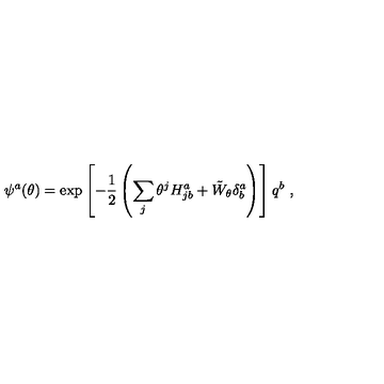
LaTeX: \psi ^ { a } ( \theta ) = \exp \left[ - \frac { 1 } { 2 } \left( \sum _ { j } \theta ^ { j } H _ { j b } ^ { a } + { \tilde { W } } _ { \theta } \delta _ { b } ^ { a } \right) \right] q ^ { b } \ ,